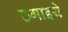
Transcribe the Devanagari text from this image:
ठगाइये